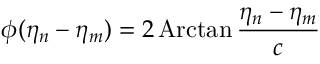
\phi ( \eta _ { n } - \eta _ { m } ) = 2 \, \mathrm { A r c t a n } \, \frac { \eta _ { n } - \eta _ { m } } c